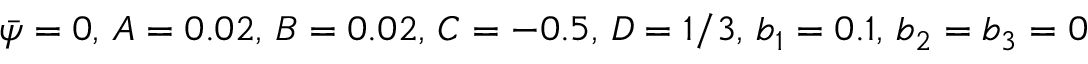
\bar { \psi } = 0 , \, A = 0 . 0 2 , \, B = 0 . 0 2 , \, C = - 0 . 5 , \, D = 1 / 3 , \, b _ { 1 } = 0 . 1 , \, b _ { 2 } = b _ { 3 } = 0